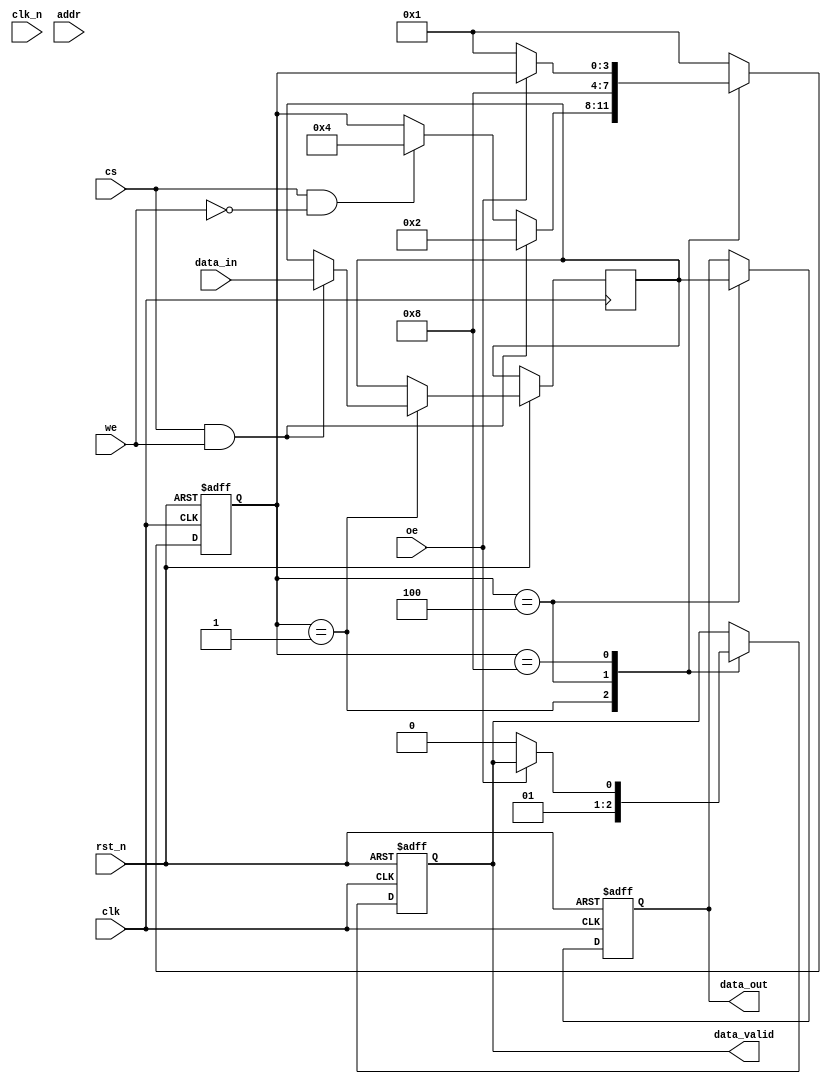
module gddr6x_io_block (
    input wire clk,              // Differential clock input
    input wire clk_n,            // Inverted clock input
    input wire [15:0] data_in,   // 16-bit data input
    output reg [15:0] data_out,   // 16-bit data output
    input wire cs,               // Chip select
    input wire we,               // Write enable
    input wire oe,               // Output enable
    input wire [23:0] addr,      // Address input
    output reg data_valid,       // Data valid signal
    input wire rst_n              // Active-low reset
);

    reg [15:0] data_buffer;      // Buffer to hold data for read/write operations
    reg [3:0] state;             // State machine for control logic
    
    // State definitions
    localparam IDLE     = 4'b0001;
    localparam WRITE    = 4'b0010;
    localparam READ     = 4'b0100;
    localparam OUTPUT    = 4'b1000;

    // Clock Management Block (simplified)
    always @(posedge clk or negedge rst_n) begin
        if (!rst_n) begin
            state <= IDLE;
            data_out <= 16'b0;
            data_valid <= 1'b0;
        end else begin
            case (state)
                IDLE: begin
                    data_valid <= 1'b0;
                    if (cs && we) begin
                        data_buffer <= data_in; // Buffer data for write
                        state <= WRITE;
                    end else if (cs && !we) begin
                        state <= READ; // Prepare for read
                    end
                end

                WRITE: begin
                    // Write operation simulation
                    // In actual design, write data to GDDR6X memory here
                    state <= IDLE;
                end
                
                READ: begin
                    // Read operation simulation
                    // In actual design, read data from GDDR6X memory here
                    data_out <= data_buffer; // Simulate output
                    data_valid <= 1'b1;
                    state <= OUTPUT;
                end

                OUTPUT: begin
                    // Wait for output to be accepted
                    if (!oe) begin
                        data_valid <= 1'b0; // Signal that data is no longer valid
                        state <= IDLE;
                    end
                end

                default: state <= IDLE;
            endcase
        end
    end

endmodule